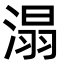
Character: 溻